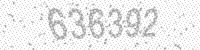
Solution: 636392